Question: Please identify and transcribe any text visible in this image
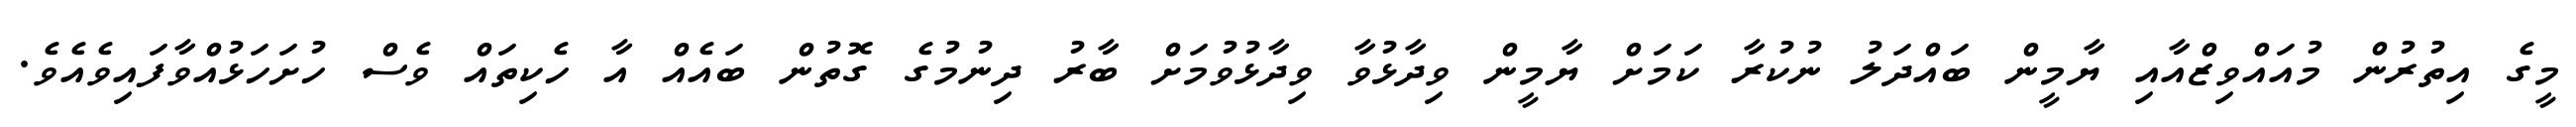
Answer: މީގެ އިތުރުން މުއައްވިޒްއާއި ޔާމީން ބައްދަލު ނުކުރާ ކަމަށް ޔާމީން ވިދާޅުވާ ވިދާޅުވުމަށް ބާރު ދިނުމުގެ ގޮތުން ބައެއް އާ ހެކިތައް ވެސް ހުށަހަޅުއްވާފައިވެއެވެ.